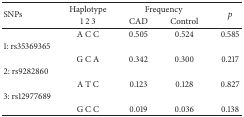
<table><thead><tr><td rowspan="2"><b>SNPs</b></td><td><b>Haplotype</b></td><td colspan="2"><b>Frequency</b></td><td rowspan="2"><b><i>p</i></b></td></tr><tr><td><b>1 2 3</b></td><td><b>CAD</b></td><td><b>Control</b></td></tr></thead><tbody><tr><td> </td><td>A C C</td><td>0.505</td><td>0.524</td><td>0.585</td></tr><tr><td>1: rs35369365</td><td> </td><td> </td><td> </td><td> </td></tr><tr><td> </td><td>G C A</td><td>0.342</td><td>0.300</td><td>0.217</td></tr><tr><td>2: rs9282860</td><td> </td><td> </td><td> </td><td> </td></tr><tr><td> </td><td>A T C</td><td>0.123</td><td>0.128</td><td>0.827</td></tr><tr><td>3: rs12977689</td><td> </td><td> </td><td> </td><td> </td></tr><tr><td> </td><td>G C C</td><td>0.019</td><td>0.036</td><td>0.138</td></tr></tbody></table>